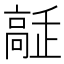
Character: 𩫔